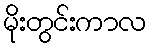
မိုးတွင်းကာလ